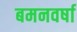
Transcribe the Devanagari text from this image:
बमनवर्षा